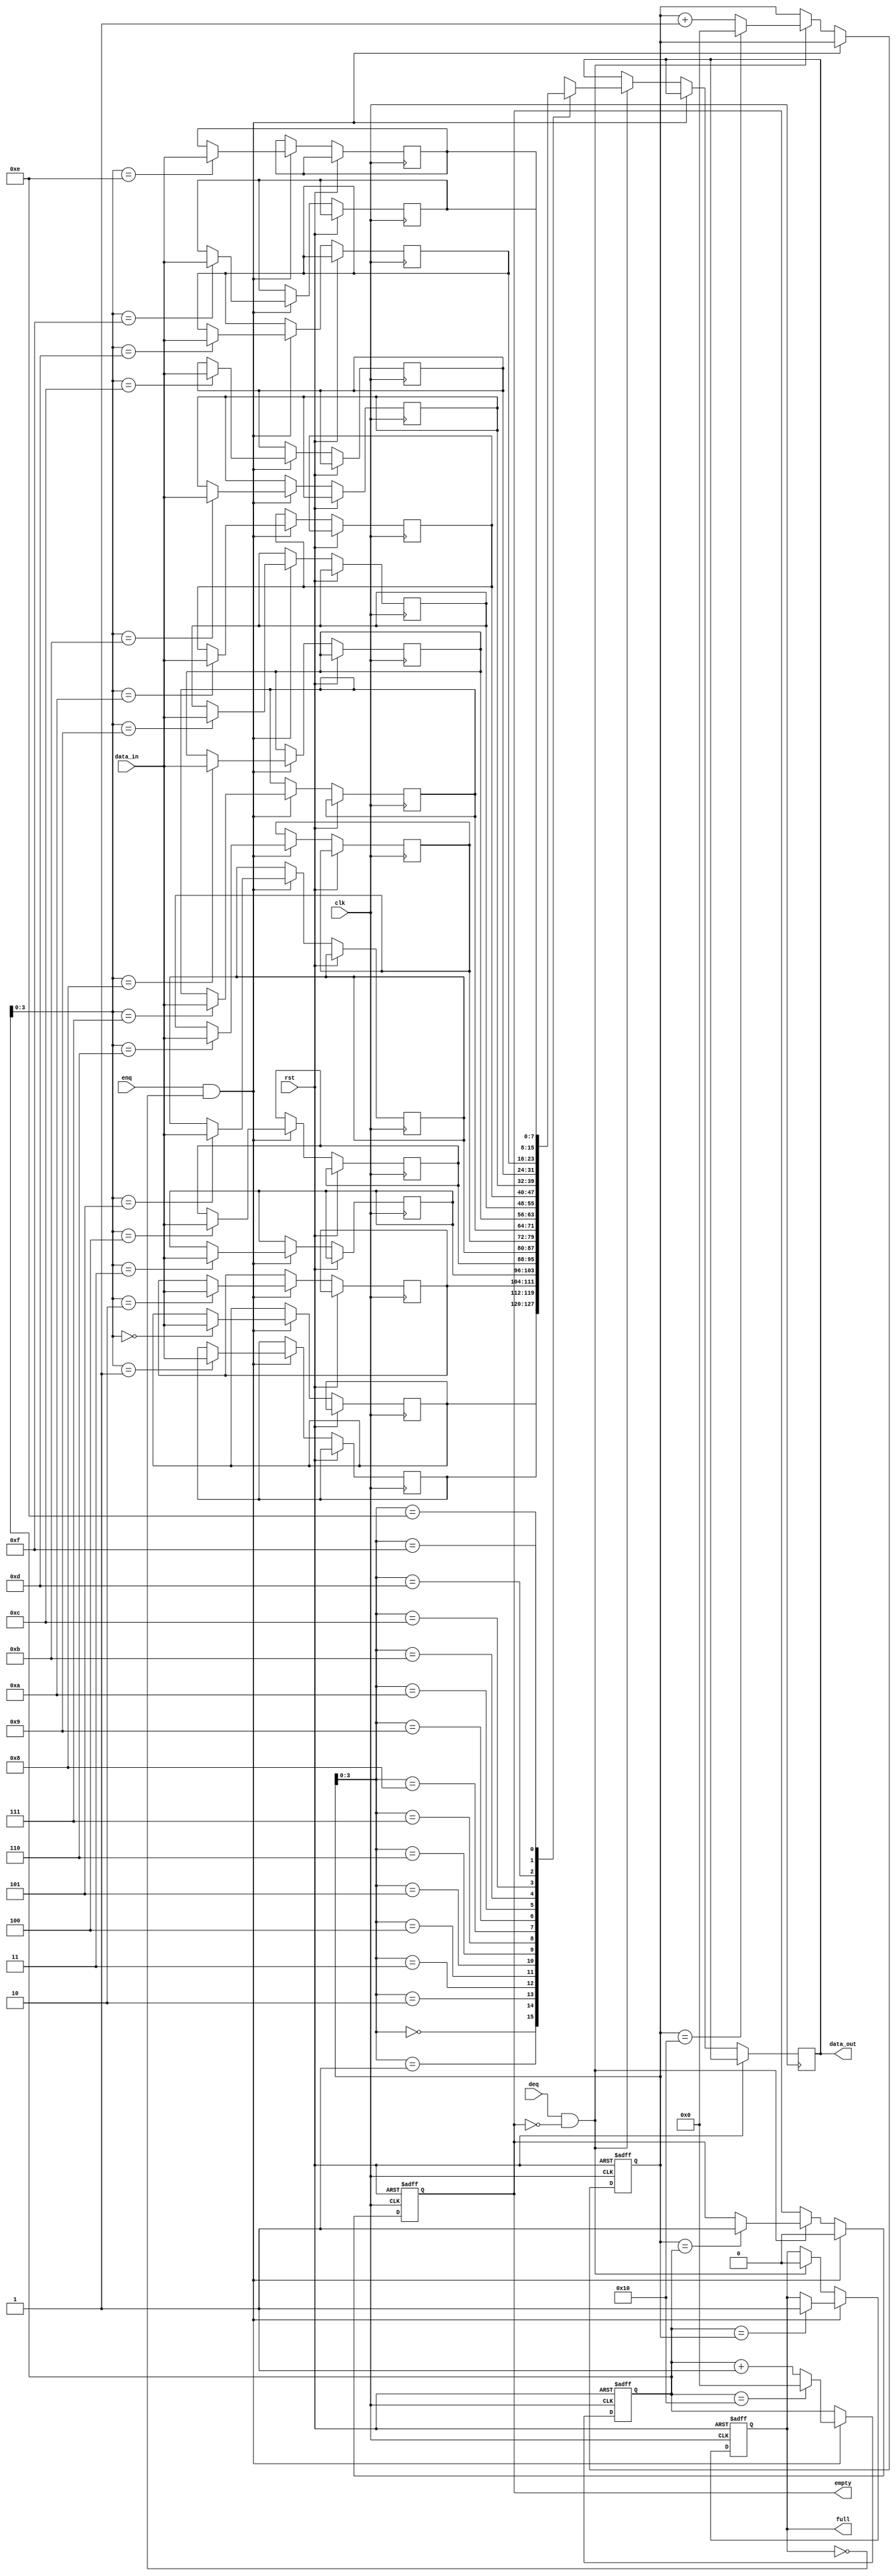
module fifo #(parameter WIDTH = 8, DEPTH = 16)(
    input wire clk,
    input wire rst,
    input wire enq,
    input wire deq,
    input wire [WIDTH-1:0] data_in,
    output reg [WIDTH-1:0] data_out,
    output reg full,
    output reg empty
);

reg [WIDTH-1:0] mem [DEPTH-1:0];
reg [WIDTH-1:0] read_ptr, write_ptr;

always @(posedge clk or posedge rst) begin
    if (rst) begin
        read_ptr <= 0;
        write_ptr <= 0;
        full <= 0;
        empty <= 1;
    end 
    else if (enq && !full) begin
        mem[write_ptr] <= data_in;
        write_ptr <= write_ptr + 1;
        if (write_ptr == DEPTH) begin
            write_ptr <= 0;
        end
        empty <= 0;
        if (write_ptr == read_ptr) begin
            full <= 1;
        end
    end
    else if (deq && !empty) begin
        data_out <= mem[read_ptr];
        read_ptr <= read_ptr + 1;
        if (read_ptr == DEPTH) begin
            read_ptr <= 0;
        end
        full <= 0;
        if (read_ptr == write_ptr) begin
            empty <= 1;
        end
    end
end

endmodule